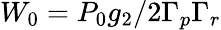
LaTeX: W_{0}={P_{0}g_{2}}/{2\Gamma_{p}\Gamma_{r}}